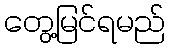
တွေ့မြင်ရမည်